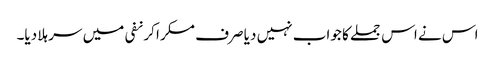
اس نے اس جملے کا جواب نہیں دیا صرف مسکرا کر نفی میں سر ہلا دیا۔